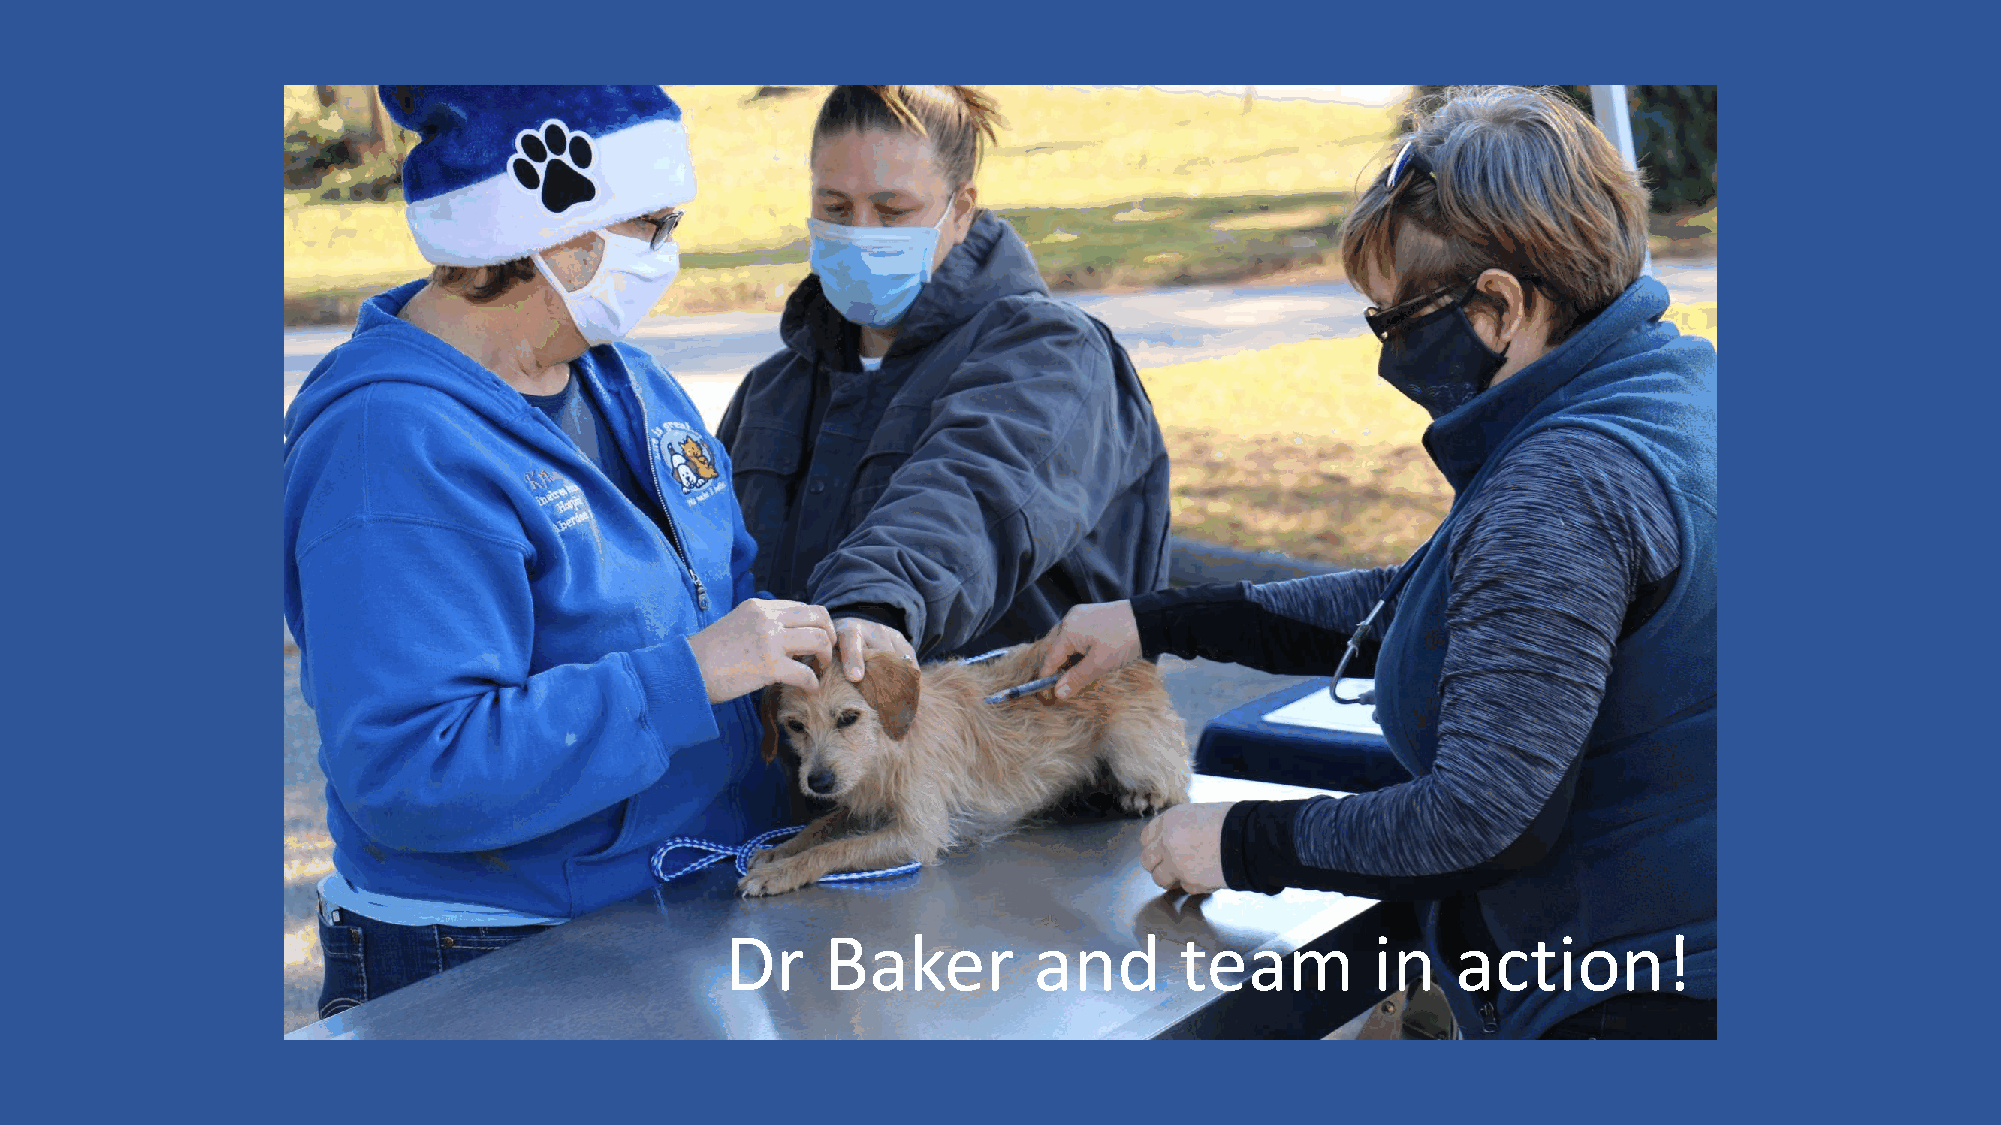
Dr     Baker        and       team         in   action!